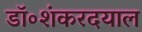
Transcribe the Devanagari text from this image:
डॉ॰शंकरदयाल